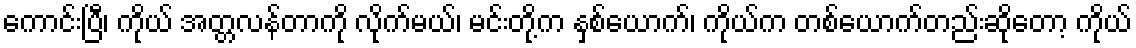
ကောင်းပြီ၊ ကိုယ် အတ္တလန်တာကို လိုက်မယ်၊ မင်းတို့က နှစ်ယောက်၊ ကိုယ်က တစ်ယောက်တည်းဆိုတော့ ကိုယ်